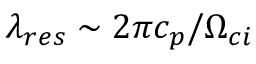
\lambda _ { r e s } \sim 2 \pi c _ { p } / \Omega _ { c i }